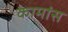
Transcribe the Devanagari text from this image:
कामांस